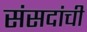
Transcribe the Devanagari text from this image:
संसदांची